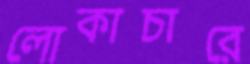
লোকাচারে